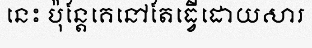
នេះ ប៉ុន្តែគេនៅតែធ្វើដោយសារ